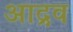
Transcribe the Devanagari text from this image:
आद्रव